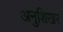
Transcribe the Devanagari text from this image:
अनुशिखर